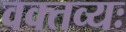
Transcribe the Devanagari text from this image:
वक्तव्यः